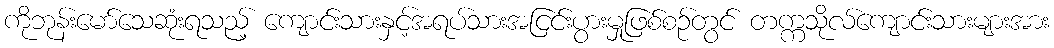
ကိုဘုန်းမော်သေဆုံးရသည့် ကျောင်းသားနှင့်အရပ်သားအငြင်းပွားမှုဖြစ်စဉ်တွင် တက္ကသိုလ်ကျောင်းသားများအား